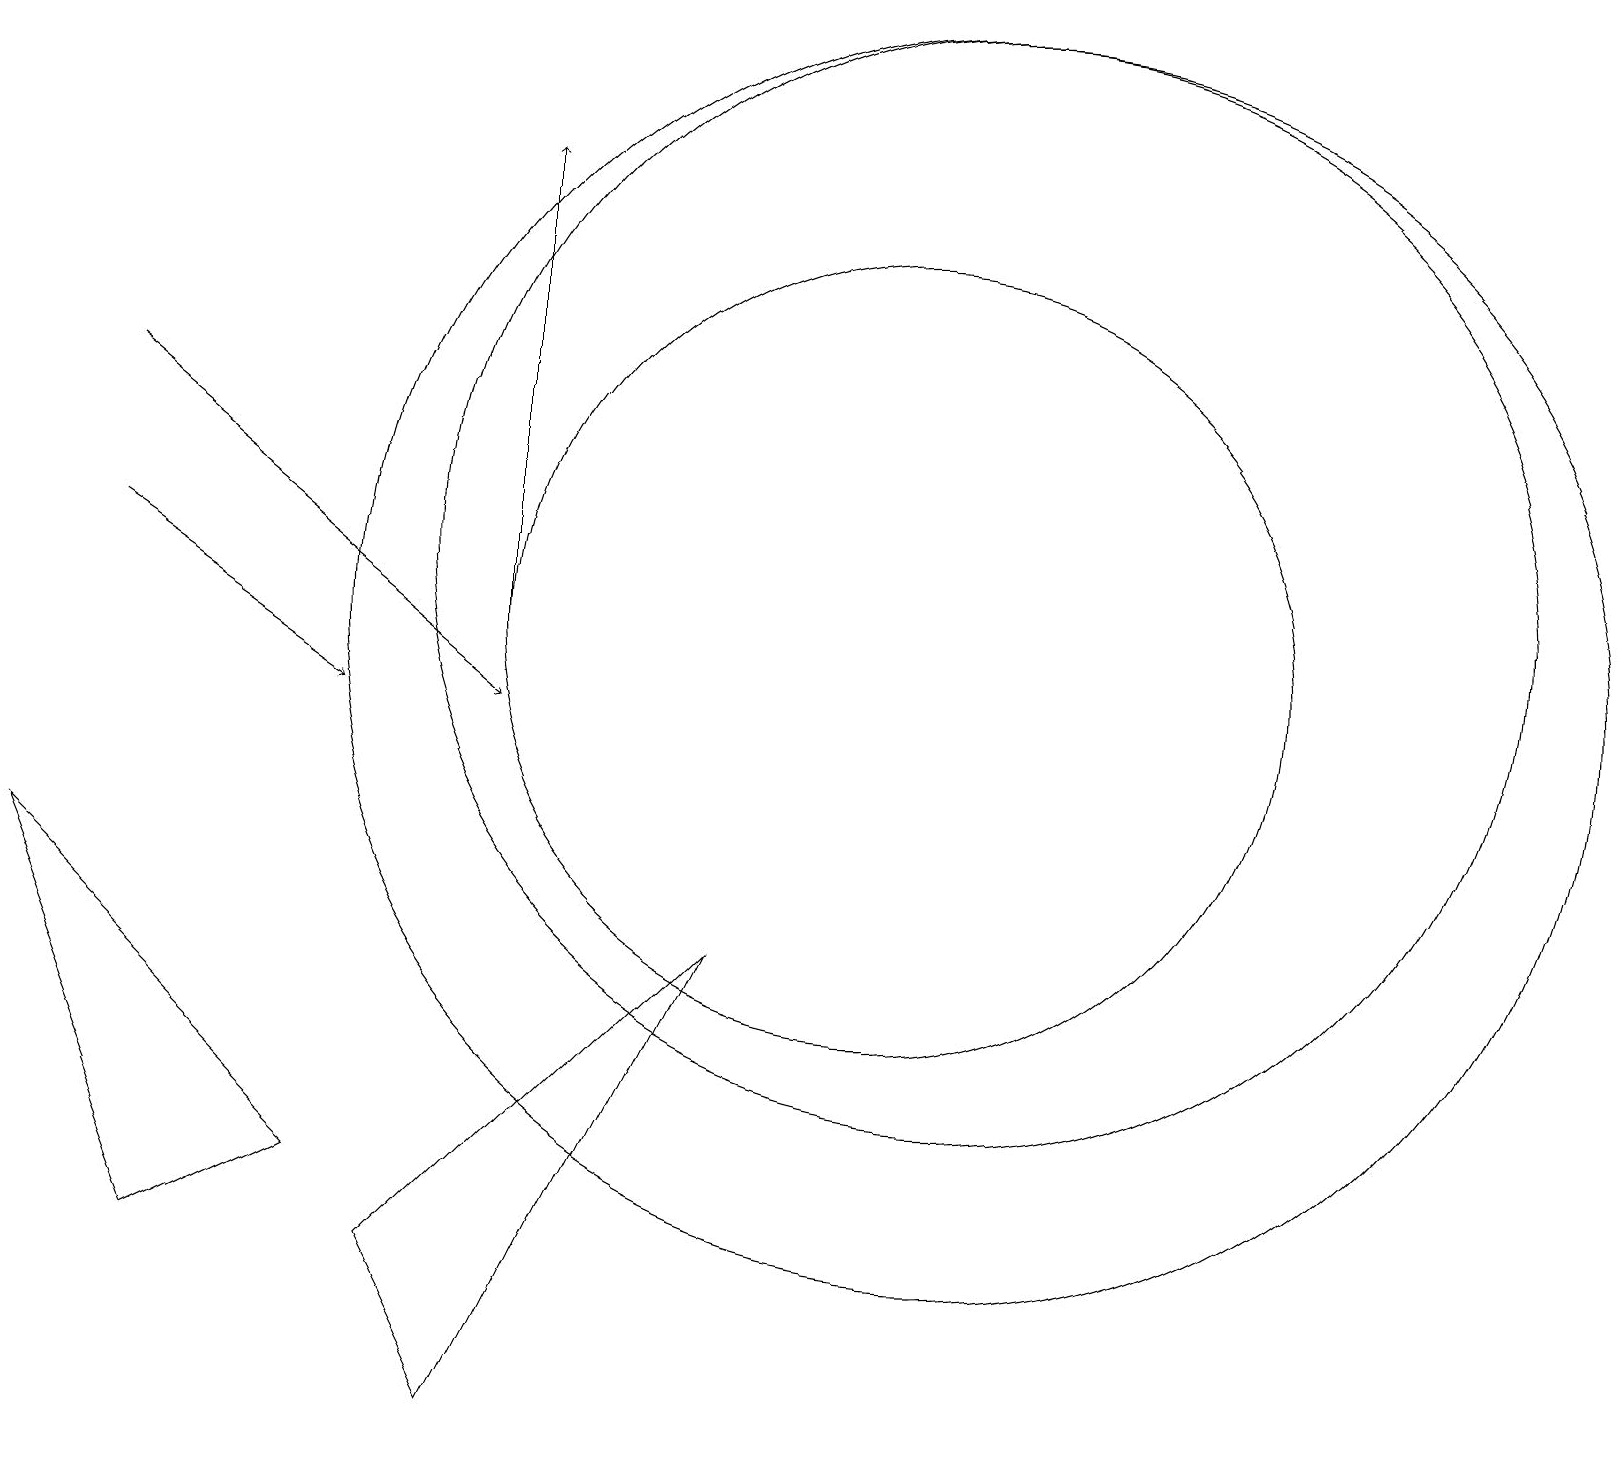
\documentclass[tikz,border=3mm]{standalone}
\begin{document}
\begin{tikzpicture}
\draw (11,11) circle (5);
\draw (12,11) circle (8);
\draw[->] (6,11) -- (6,17);
\draw (12,12) circle (7);
\draw (2,3) -- (4,4) -- (0,8) -- cycle;
\draw (6,1) -- (5,3) -- (9,7) -- cycle;
\draw[->] (1,12) -- (4,10);
\draw[->] (1,14) -- (6,10);
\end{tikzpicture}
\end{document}